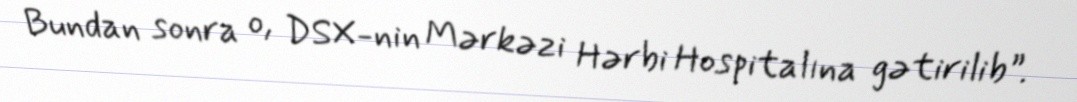
Bundan sonra o, DSX-nin Mərkəzi Hərbi Hospitalına gətirilib”.